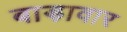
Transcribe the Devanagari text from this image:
बाड़ावार